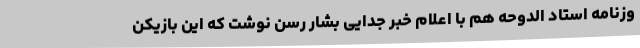
وزنامه استاد الدوحه هم با اعلام خبر جدایی بشار رسن نوشت که این بازیکن